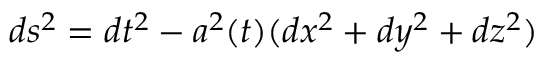
d s ^ { 2 } = d t ^ { 2 } - a ^ { 2 } ( t ) ( d x ^ { 2 } + d y ^ { 2 } + d z ^ { 2 } )